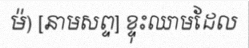
ម៉) [នាមសព្ទ] ខ្ទុះឈាមដែល